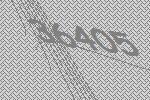
36405